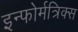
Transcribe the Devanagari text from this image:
इन्फोर्मत्रिक्स